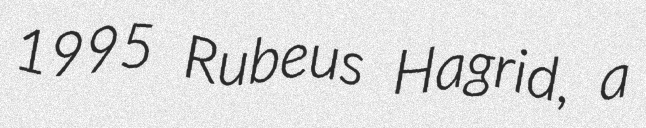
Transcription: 1995 Rubeus Hagrid, a